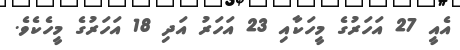
އެއީ 27 އަހަރުގެ މީހަކާއި 23 އަހަރު އަދި 18 އަހަރުގެ މީހެކެވެ.